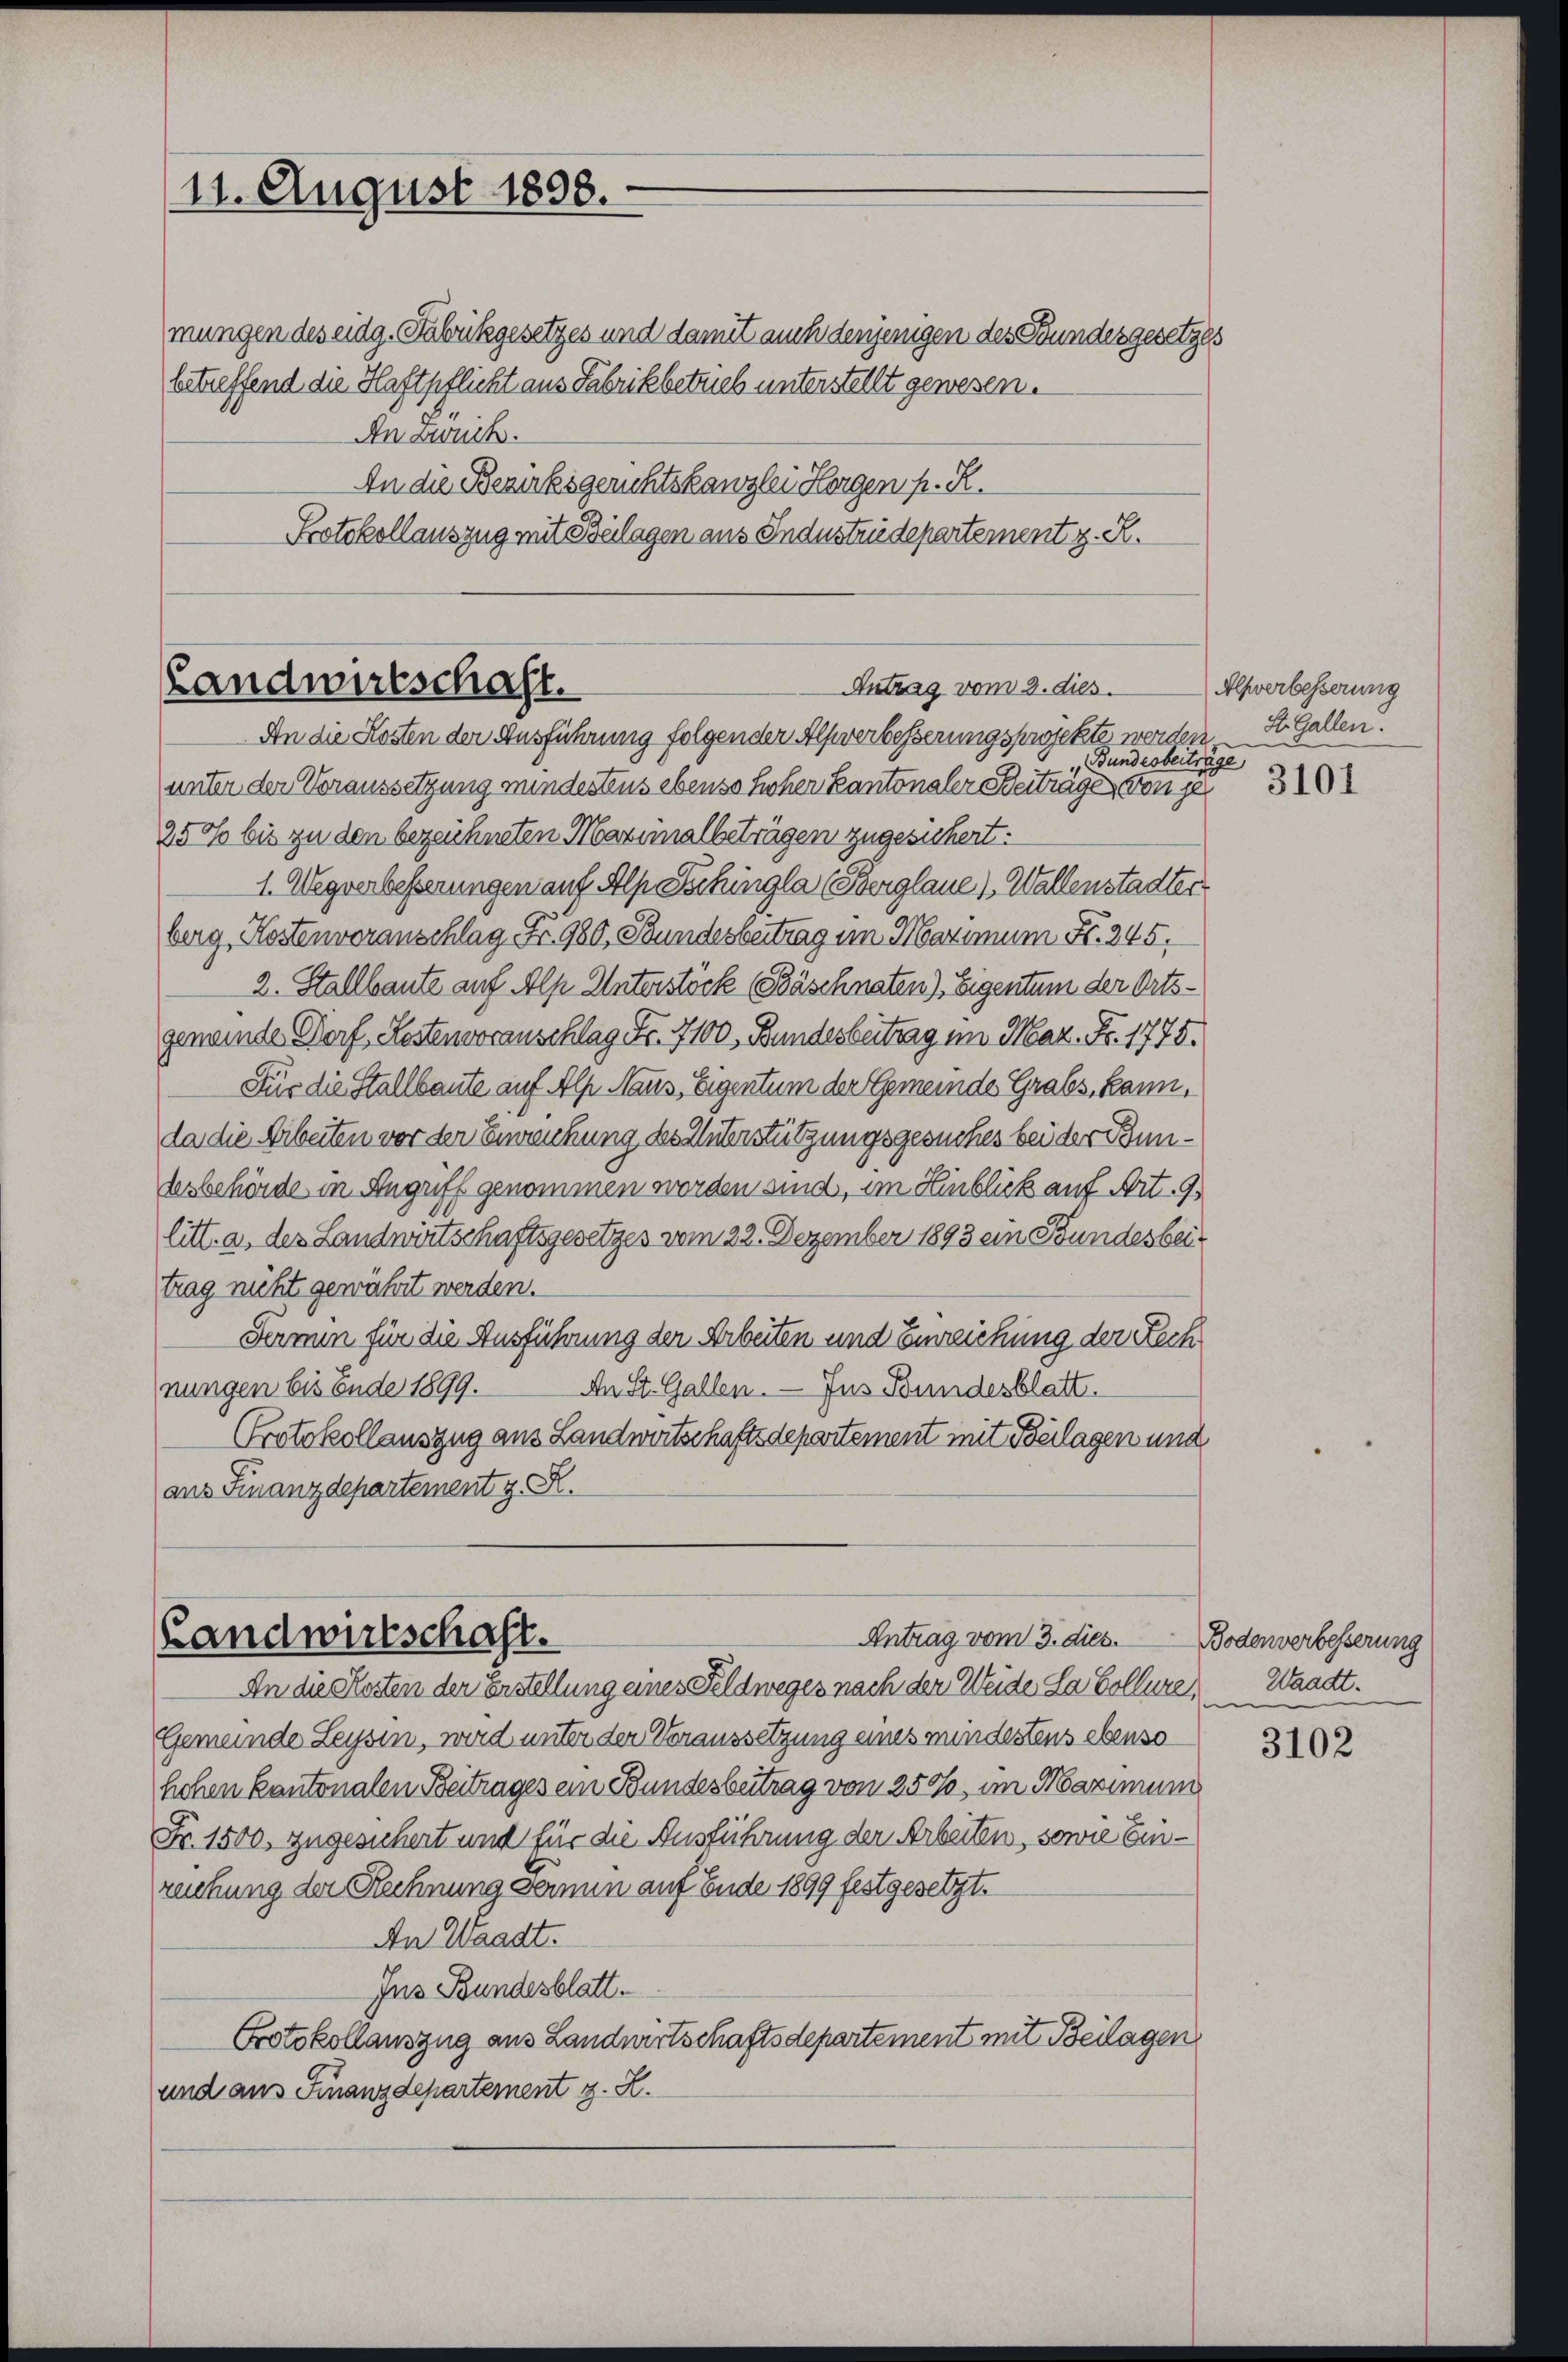
11. August 1898.

mungen des eidg. Dabrückgesetzes und damit auch denjenigen des Bundesgesetzes
betreffend die Haftpflicht aus Fabrikbetrieb unterstellt gewesen.
An Zweck.
An die Bezirksgerichtskanzlei Horgen p. R.
Protokollauszug mit Bulagen aus Industriedepartement z. R.

An die Kosten der Ausführung folgender Alpverbesserungsprojekte werden
Bundesbeiträge
unter der Voraussetzung mindestens ebenso hoher Kantonaler Beitrage, von je 310
25 % bis zu den bezeichneten Maximalbeträgen zugesichert:
1. Wegverbeßerungen auf Alp Liechingla (Berglaue ). Wallenstadter
berg, Kostenvoranschlag Fr. 980, Bundesbeitrag im Maximum Fr. 245.
2. Stallbaute auf Alp Unterstöck (Bäschnaten), Eigentum der Ortsgemeinde Dorf, Kostenvoranschlag Fr. 7100, Bundesbeitrag im Mar. Fr. 1775.
Für die Stellbaute auf Alp Naus, Eigentum der Gemeinde Grabs, kann,
da die Arbeiten vor der Einreichung des Unterstützungsgesuches bei der Bundesbehörde in Angriff genommen worden sind, im Hinblick auf Art. 9.
litt. a, der Landwirtschaftsgesetzes vom 22. Dezember 1893 ein Bundesbeitrag nicht gewährt werden.
Fermin für die Ausführung der Arbeiten und Einreichung der Rech
nungen bis Ende 1899.
An St. Gallen. — Jus Bundesblatt.
Protokollauszug aus Landwirtschaftsdepartement mit Beilagen und
aus Finanzdepartement z. R.

Landwirtschaft.
Antrag vom 3. dies

Antrag vom 3. dies
Landwirtschaft.

An die Kosten der erstellung eines Feldweges nach der Weide da Collere Waadt.
Gemeinde Leysin, wird unter der Veraussetzung eines mindestens ebenso
hohen kantonalen Beitrages ein Bundesbeitrag von 250%, im Maximum
Fr. 1500. zugesichert und für die Ausführung der Arbeiten, sowie Einrechung der Rechnung Fermin auf Ende 1899 festgesetzt.
An Waadt.
Ins Bundesblatt.
Protokollauszug aus Landwirtschaftsdepartement mit Beilagen
und aus Finanzdepartement z. R.

Alsverbesserung
S. Gallen.

Bodenverbesserung

3102